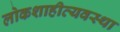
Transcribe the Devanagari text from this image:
लोकशाहीव्यवस्था